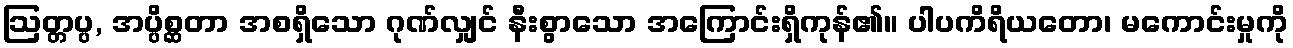
ဩတ္တပ္ပ, အပ္ပိစ္ဆတာ အစရှိသော ဂုဏ်လျှင် နီးစွာသော အကြောင်းရှိကုန်၏။ ပါပကိရိယတော၊ မကောင်းမှုကို